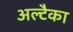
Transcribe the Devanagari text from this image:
अल्टैका